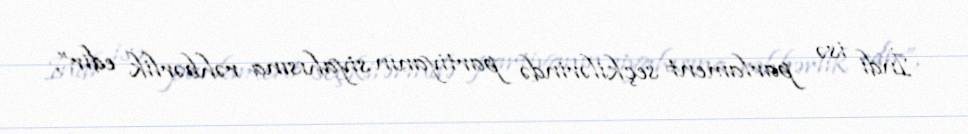
İndi isə parlament seçkilərində partiyanın siyahısına rəhbərlik edir”,